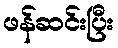
ဖန်ဆင်းပြီး